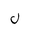
Letter: _lam